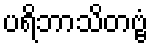
ပရိဘာသိတဗ္ဗံ